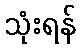
သုံးရန်